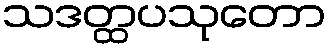
သဒတ္ထပသုတော